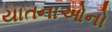
યાતનાઓનો